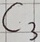
Text: C3